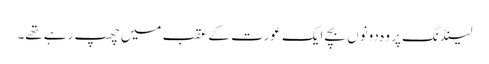
لینڈنگ پر وہ دونوں بچے ایک عورت کے عقب میں چھپ رہے تھے۔